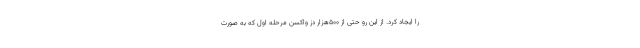
را ایجاد کرد. از این رو حتی از ۵۰۰هزار دز واکسن مرحله اول که به صورت